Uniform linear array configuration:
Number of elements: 48
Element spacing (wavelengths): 0.75
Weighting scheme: kaiser
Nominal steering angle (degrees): -15
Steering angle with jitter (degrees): -14.731
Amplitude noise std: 0.05
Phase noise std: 0.05

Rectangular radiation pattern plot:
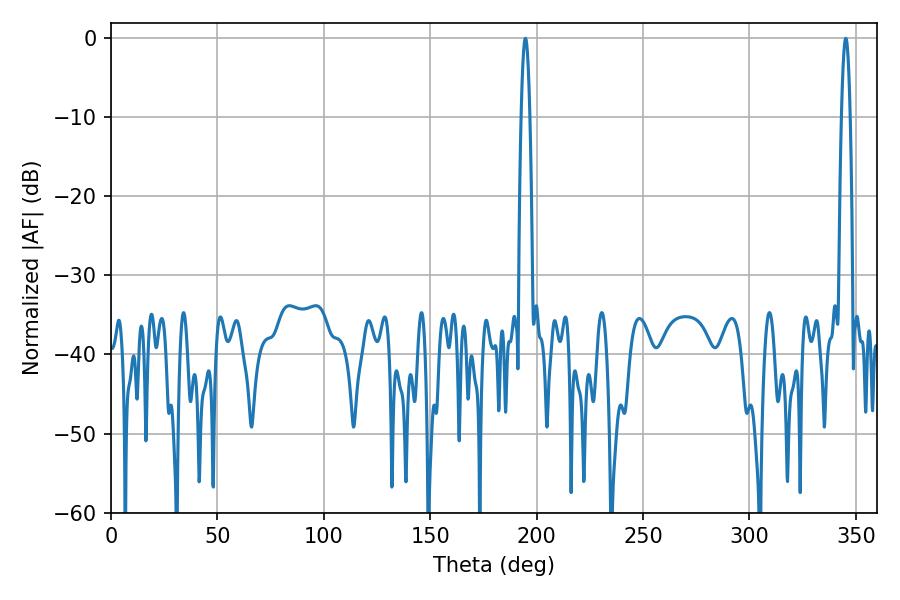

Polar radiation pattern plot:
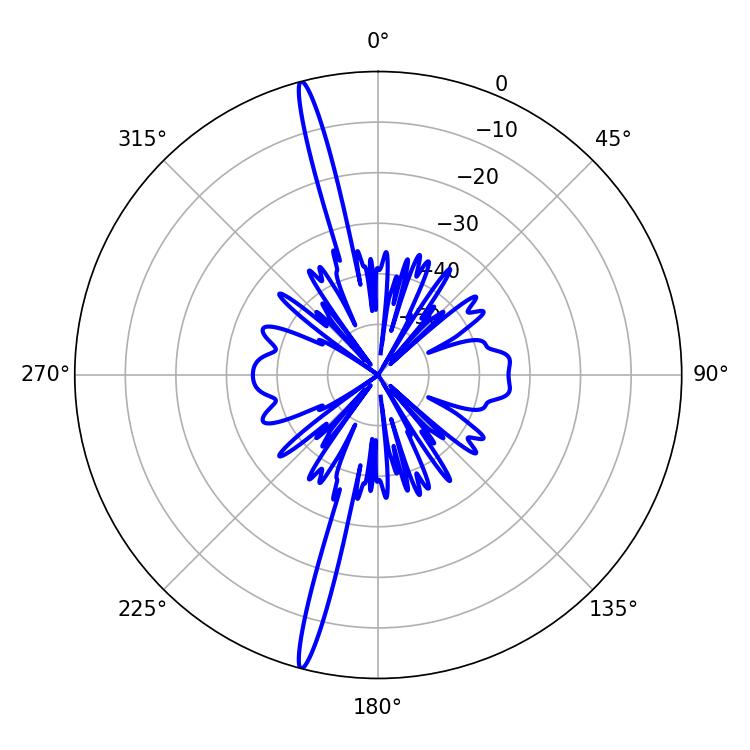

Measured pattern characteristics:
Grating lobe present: TRUE
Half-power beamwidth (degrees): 2.16
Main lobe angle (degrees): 194.76